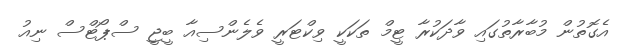
އެގޮތުން މުބާރާތުގައި ވާދަކުރާ ޓީމް ތަކަކީ ވިކްޓަރީ ވެލެންސިއާ ބީޖީ ސްޕޯޓްސް ނިއު